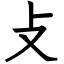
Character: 攴